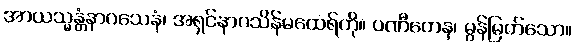
အာယသ္မန္တံနာဂသေနံ၊ အရှင်နာဂသိန်မထေရ်ကို။ ပဏီတေန၊ မွန်မြတ်သော။